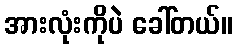
အားလုံးကိုပဲ ခေါ်တယ်။